Problem: 3 × 9 = ?
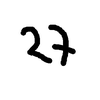
Handwritten answer: 27